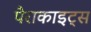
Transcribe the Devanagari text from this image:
पैराकाइट्स